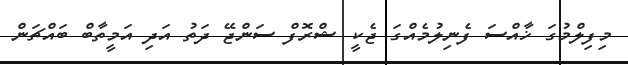
މިފިލްމުގަ ޚާއްސަ ފެނިލުމެއްގަ ޖެކީ ޝްރޮފް ސަންޖޭ ދަތު އަދި އަމީތާބް ބައްޗަން